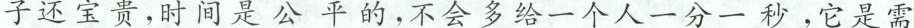
子还宝贵，时间是公平的，不会多给一 分一秒，它是需